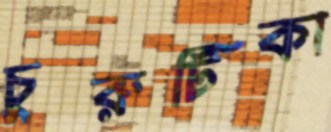
চুরুটিকা